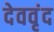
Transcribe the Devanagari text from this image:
देववृंद